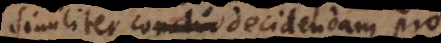
similiter decidendam pro